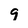
Character: 9